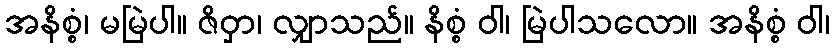
အနိစ္စံ၊ မမြဲပါ။ ဇိဝှာ၊ လျှာသည်။ နိစ္စံ ဝါ၊ မြဲပါသလော။ အနိစ္စံ ဝါ၊